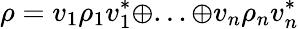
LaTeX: \rho=v_{1}\rho_{1}v_{1}^{*}\oplus...\oplus v_{n}\rho_{n}v_{n}^{*}